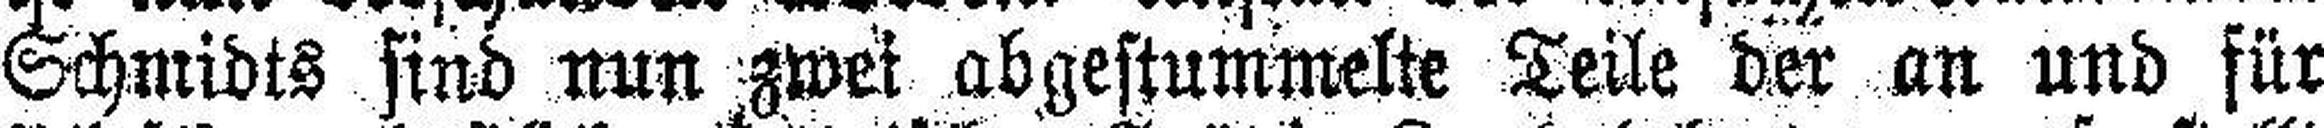
Schmidts sind nun zwei abgestummelte Teile der an und für